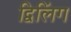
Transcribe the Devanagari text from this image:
द्विलिंग